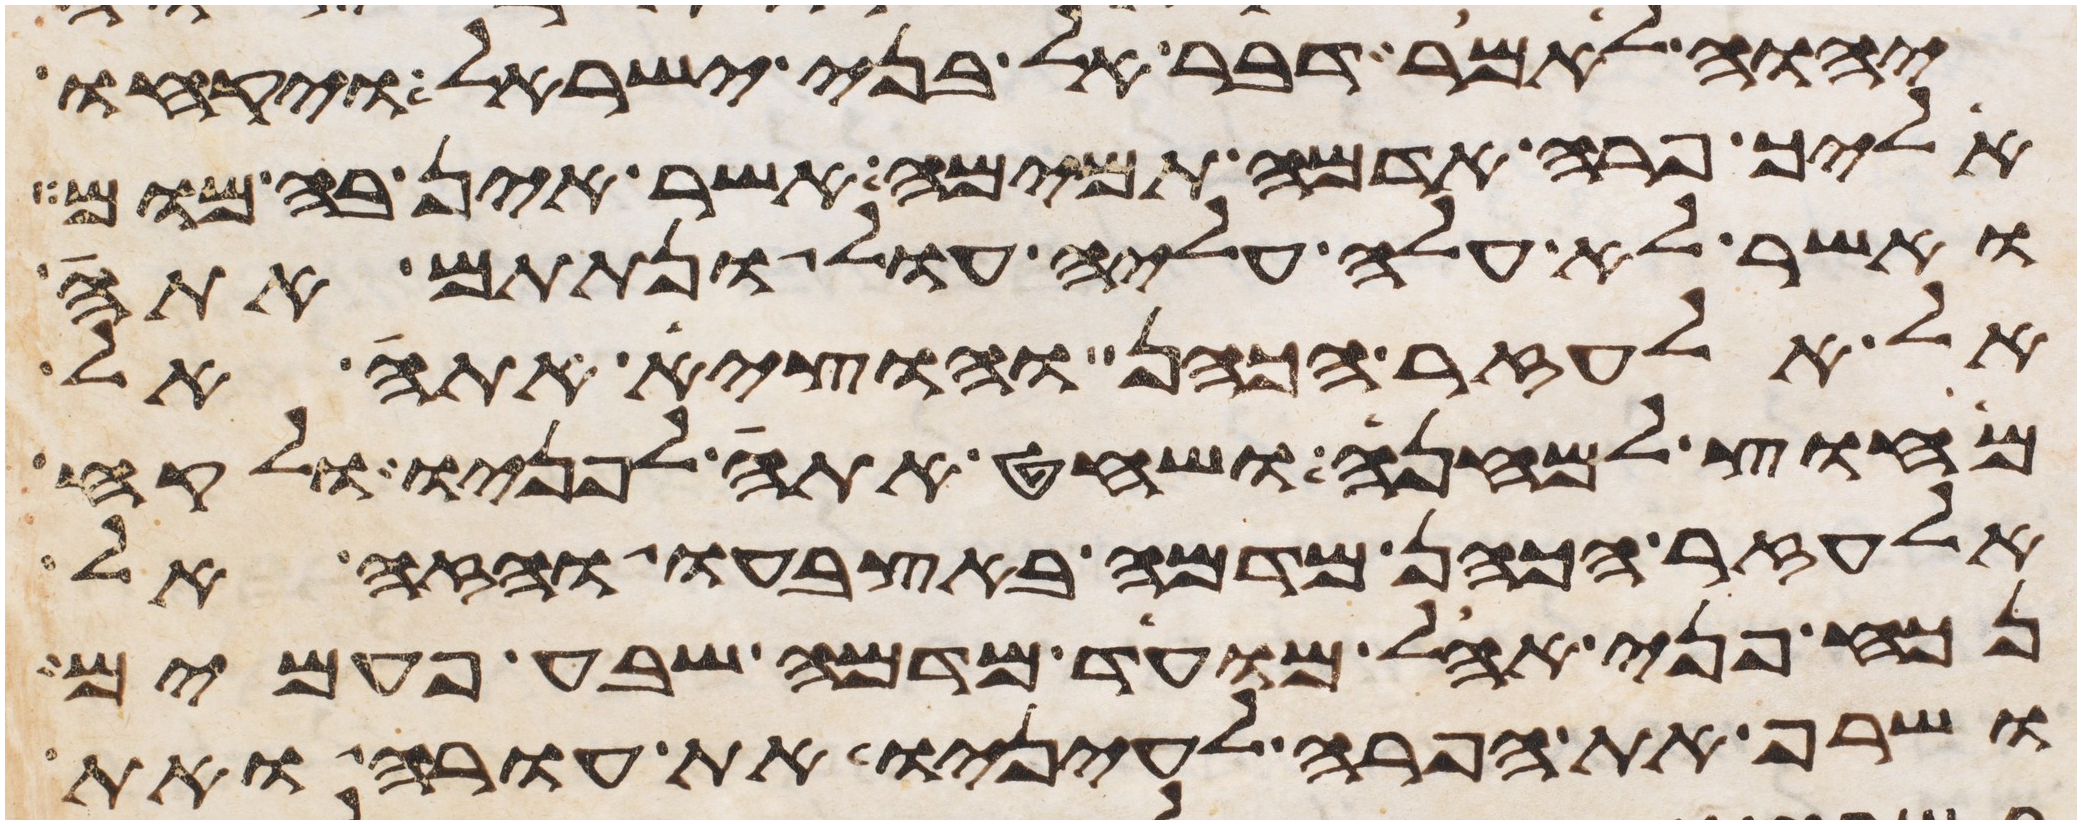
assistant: יהוה לאמר דבר אל בני ישראל ויקחו
אליך פרה אדמה תמימה אשר אין בה מום
ואשר לא עלה עליה עול ונתתם אתה
אל אלעזר הכהן והוציא אתה אל
מחוץ למחנה ושחט אתה לפניו ולקח
אלעזר הכהן מדמה באצבעו והזה אל
נכח פני אהל מועד מדמה שבע פעמים
ושרף את הפרה לעיניו את עורה ואת